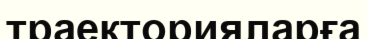
траекторияларға